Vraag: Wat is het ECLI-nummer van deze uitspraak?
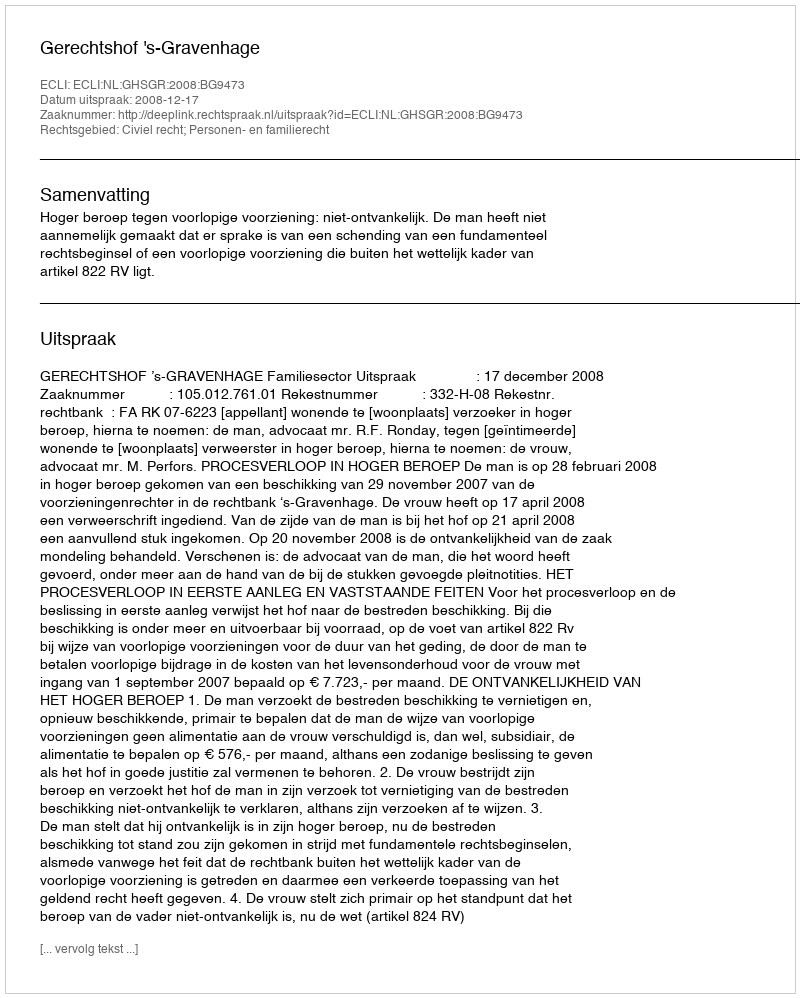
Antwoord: ECLI:NL:GHSGR:2008:BG9473